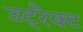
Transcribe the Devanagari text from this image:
उट्रैक्ट